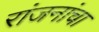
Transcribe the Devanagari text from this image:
रांजनांचा